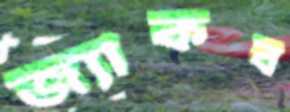
জ্যাকব